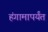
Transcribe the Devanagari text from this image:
हंगामापर्यंत